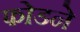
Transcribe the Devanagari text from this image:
फोडने